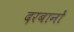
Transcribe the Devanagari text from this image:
दरबानों